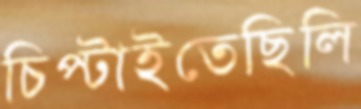
চিপ্‌টাইতেছিলি